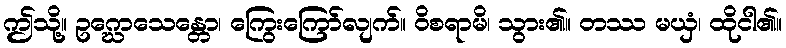
ဤသို့။ ဥဂ္ဃောသေန္တော၊ ကြွေးကြော်လျက်။ ဝိစရာမိ၊ သွား၏။ တဿ မယှံ၊ ထိုငါ၏။